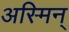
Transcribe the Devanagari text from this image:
अस्मिन्‌